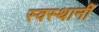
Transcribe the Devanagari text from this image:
स्वस्थानीं